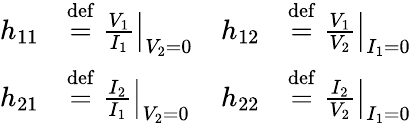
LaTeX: {\begin{array}{rlrl}{h_{11}}&{\mathrel{\stackrel{\mathrm{def}}{=}}\left.{\frac{V_{1}}{I_{1}}}\right|_{V_{2}=0}}&{h_{12}}&{\mathrel{\stackrel{\mathrm{def}}{=}}\left.{\frac{V_{1}}{V_{2}}}\right|_{I_{1}=0}}\\ {h_{21}}&{\mathrel{\stackrel{\mathrm{def}}{=}}\left.{\frac{I_{2}}{I_{1}}}\right|_{V_{2}=0}}&{h_{22}}&{\mathrel{\stackrel{\mathrm{def}}{=}}\left.{\frac{I_{2}}{V_{2}}}\right|_{I_{1}=0}}\end{array}}